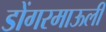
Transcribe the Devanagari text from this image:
डोंगरमाऊली